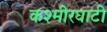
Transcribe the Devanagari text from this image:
कश्मीरघाटी